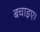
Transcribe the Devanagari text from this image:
बचाइए।